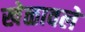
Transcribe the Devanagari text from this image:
खेळावले